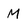
Character: M